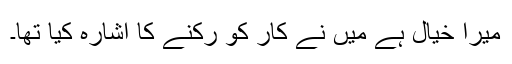
میرا خیال ہے میں نے کار کو رکنے کا اشارہ کیا تھا۔